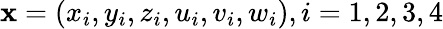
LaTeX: \mathbf{x}=(x_{i},y_{i},z_{i},u_{i},v_{i},w_{i}),i=1,2,3,4